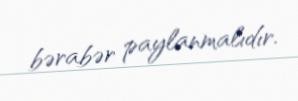
bərabər paylanmalıdır.